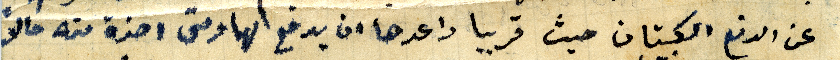
عن الدفع الكبيتان حيث قريبا واعدها ان يدفع لها ومتى اخذة منه حالا